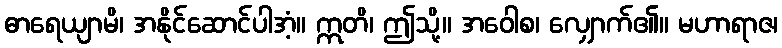
ဓာရေယျာမိ၊ အနိုင်ဆောင်ပါအံ့။ ဣတိ၊ ဤသို့။ အဝေါစ၊ လျှောက်၏။ မဟာရာဇ၊